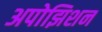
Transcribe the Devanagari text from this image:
अपोझिशन